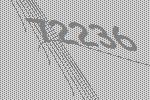
72236